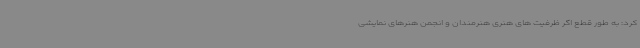
کرد: به طور قطع اگر ظرفیت های هنری هنرمندان و انجمن هنرهای نمایشی